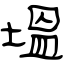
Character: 塭